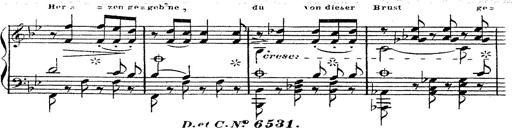
Title: 12 Lieder von Franz Schubert
Composer: Franz Liszt